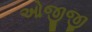
ઓજીજી